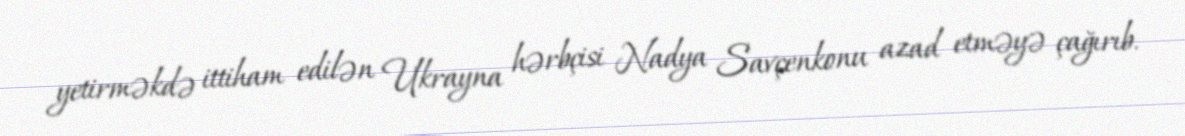
yetirməkdə ittiham edilən Ukrayna hərbçisi Nadya Savçenkonu azad etməyə çağırıb.